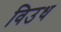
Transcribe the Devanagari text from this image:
विउध